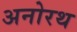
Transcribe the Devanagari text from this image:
अनोरथ